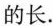
的长.